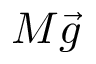
M \vec { g }